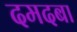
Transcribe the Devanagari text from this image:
दमदबा